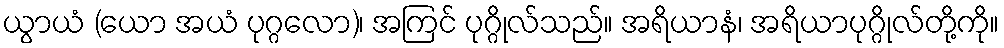
ယွာယံ (ယော အယံ ပုဂ္ဂလော)၊ အကြင် ပုဂ္ဂိုလ်သည်။ အရိယာနံ၊ အရိယာပုဂ္ဂိုလ်တို့ကို။